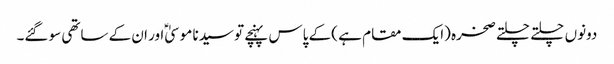
دونوں چلتے چلتے صخرہ (ایک مقام ہے ) کے پاس پہنچے تو سیدنا موسیٰؑ اور ان کے ساتھی سو گئے۔